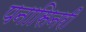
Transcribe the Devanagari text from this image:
पनासिनरी